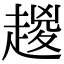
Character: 𧼬